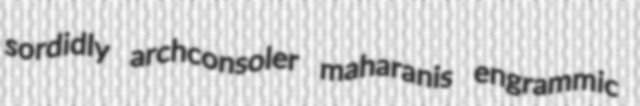
sordidly archconsoler maharanis engrammic